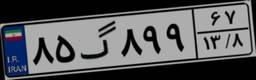
۸۵گ۸۹۹۶۷